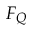
F _ { Q }